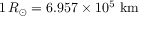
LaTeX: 1 \, R _ { \odot } = 6 . 9 5 7 \times 1 0 ^ { 5 } { \mathrm { ~ k m } }